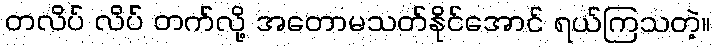
တလိပ် လိပ် တက်လို့ အတောမသတ်နိုင်အောင် ရယ်ကြသတဲ့။